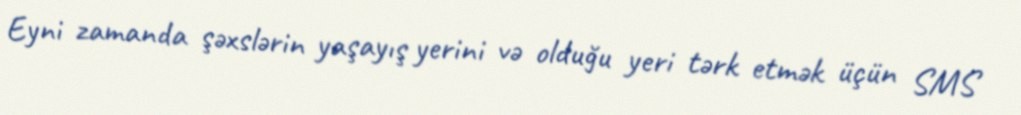
Eyni zamanda şəxslərin yaşayış yerini və olduğu yeri tərk etmək üçün SMS